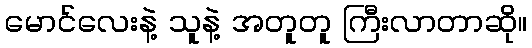
မောင်လေးနဲ့ သူနဲ့ အတူတူ ကြီးလာတာဆို။